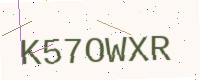
Text: K57OWXR